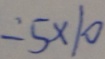
= 5 \times 1 0